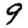
Digit: 9